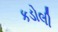
કડોલી